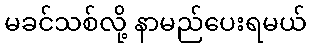
မခင်သစ်လို့ နာမည်ပေးရမယ်